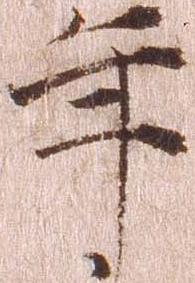
年